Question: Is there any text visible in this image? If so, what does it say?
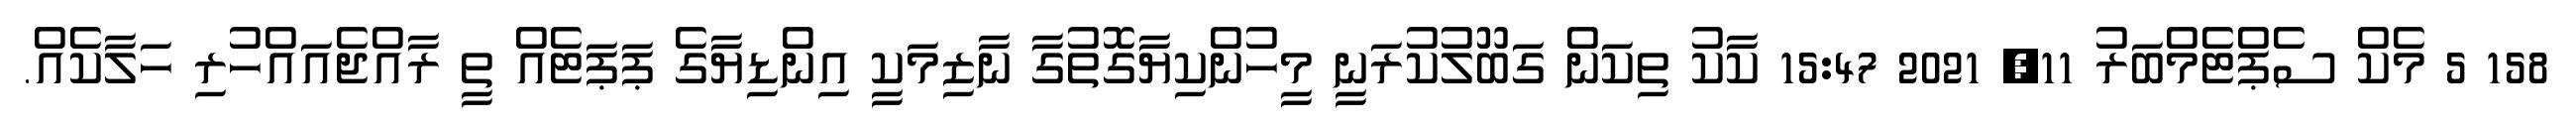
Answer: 158 5 މެކް ސެޕްޓެމްބަރު 11, 2021 15:47 ކާކު ތިކަން ގަބޫލުކުރަނީ މީހުންކިޔާގޮތުގާ ނާޒިމަކީ އިންޑިޔާގެ ޕަޕަޓެއް ތީ ރާއްޖެއައްހުރި ހަލާކެއް.